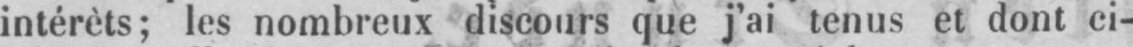
intérèts; les nombreux discours que j’ai tenus et dont ci-